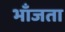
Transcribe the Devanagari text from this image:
भाँजता